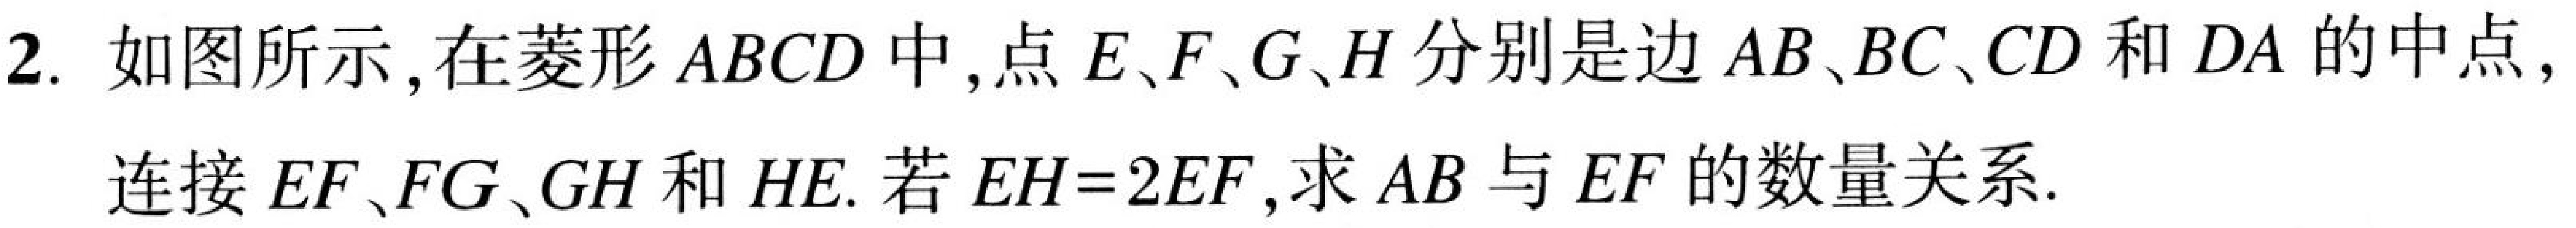
2. 如图所示, 在菱形 \(ABCD\) 中, 点 \(E、F、G、H\) 分别是边 \(AB、BC、CD\) 和 \(DA\) 的中点,
连接 \(EF、FG、GH\) 和 \(HE\). 若 \(EH = 2EF\), 求 \(AB\) 与 \(EF\) 的数量关系.